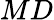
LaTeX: MD